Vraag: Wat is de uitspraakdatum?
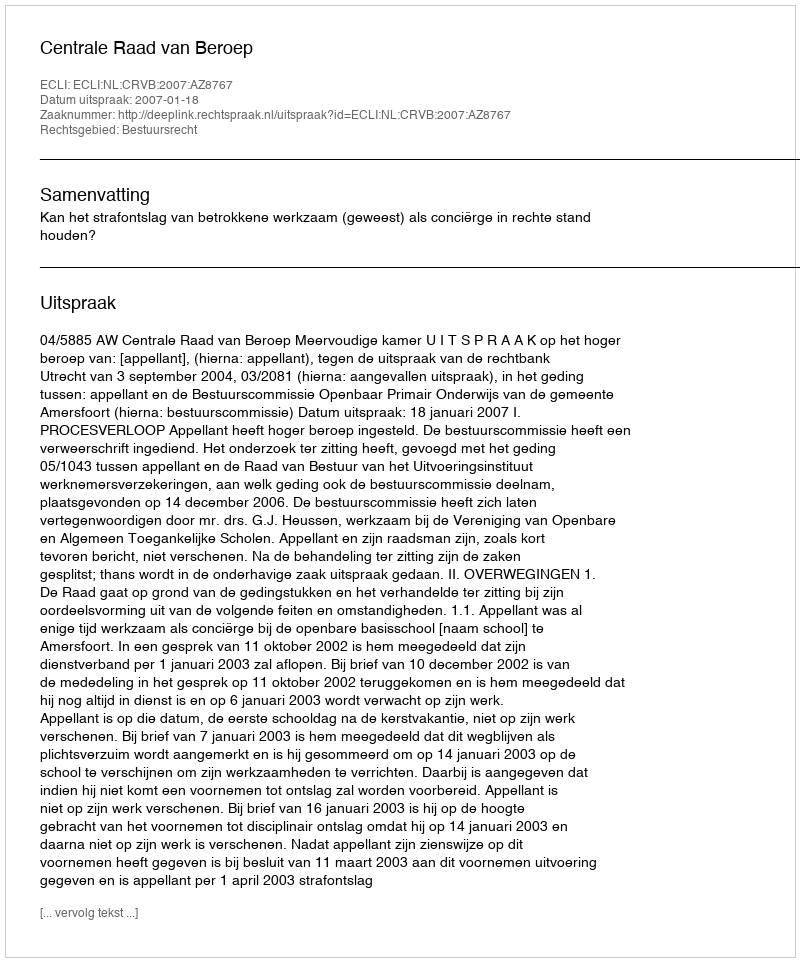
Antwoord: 2007-01-18